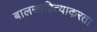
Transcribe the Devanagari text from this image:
बालसाहित्याकरता